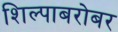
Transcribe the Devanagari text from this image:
शिल्पाबरोबर